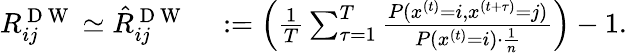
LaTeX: \begin{array}{rl}{R_{ij}^{\mathrm{~D~W~}}\simeq{\hat{R}}_{ij}^{\mathrm{~D~W~}}}&{{}:=\left(\frac{1}{T}\sum_{\tau=1}^{T}\frac{P(x^{(t)}=i,x^{(t+\tau)}=j)}{P(x^{(t)}=i)\cdot\frac{1}{n}}\right)-1.}\end{array}